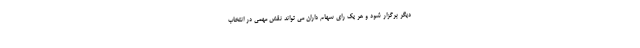
دیگر برگزار شود و هر یک رای سهام داران می تواند نقش مهمی در انتخاب